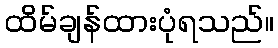
ထိမ်ချန်ထားပုံရသည်။